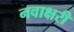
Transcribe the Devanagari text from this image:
नवाक्षरी